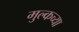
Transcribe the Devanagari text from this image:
मुल्कच्या